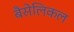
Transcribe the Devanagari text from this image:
बैसेलिकल